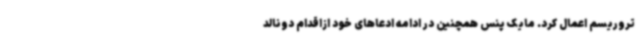
تروریسم اعمال کرد. مایک پنس همچنین در ادامه ادعاهای خود ازاقدام دونالد